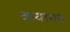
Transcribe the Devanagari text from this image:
कयामथ